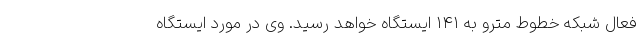
فعال شبکه خطوط مترو به ۱۴۱ ایستگاه خواهد رسید. وی در مورد ایستگاه